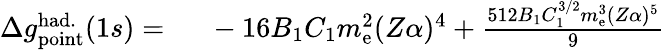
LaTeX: \begin{array}{rl}{\Delta{g}_{\mathrm{point}}^{\mathrm{had.}}(1s)=\ }&{{}-16B_{1}C_{1}m_{\mathrm{e}}^{2}(Z\alpha)^{4}+\frac{512B_{1}C_{1}^{3/2}m_{\mathrm{e}}^{3}(Z\alpha)^{5}}{9}}\end{array}